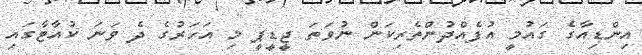
އިންޑިއާގެ ގައުމީ އުފެއްދުންތެރިކަން ނުވަތަ ޖީޑީޕީ މި އަހަރުގެ ދެ ވަނަ ކުއާޓާގައި